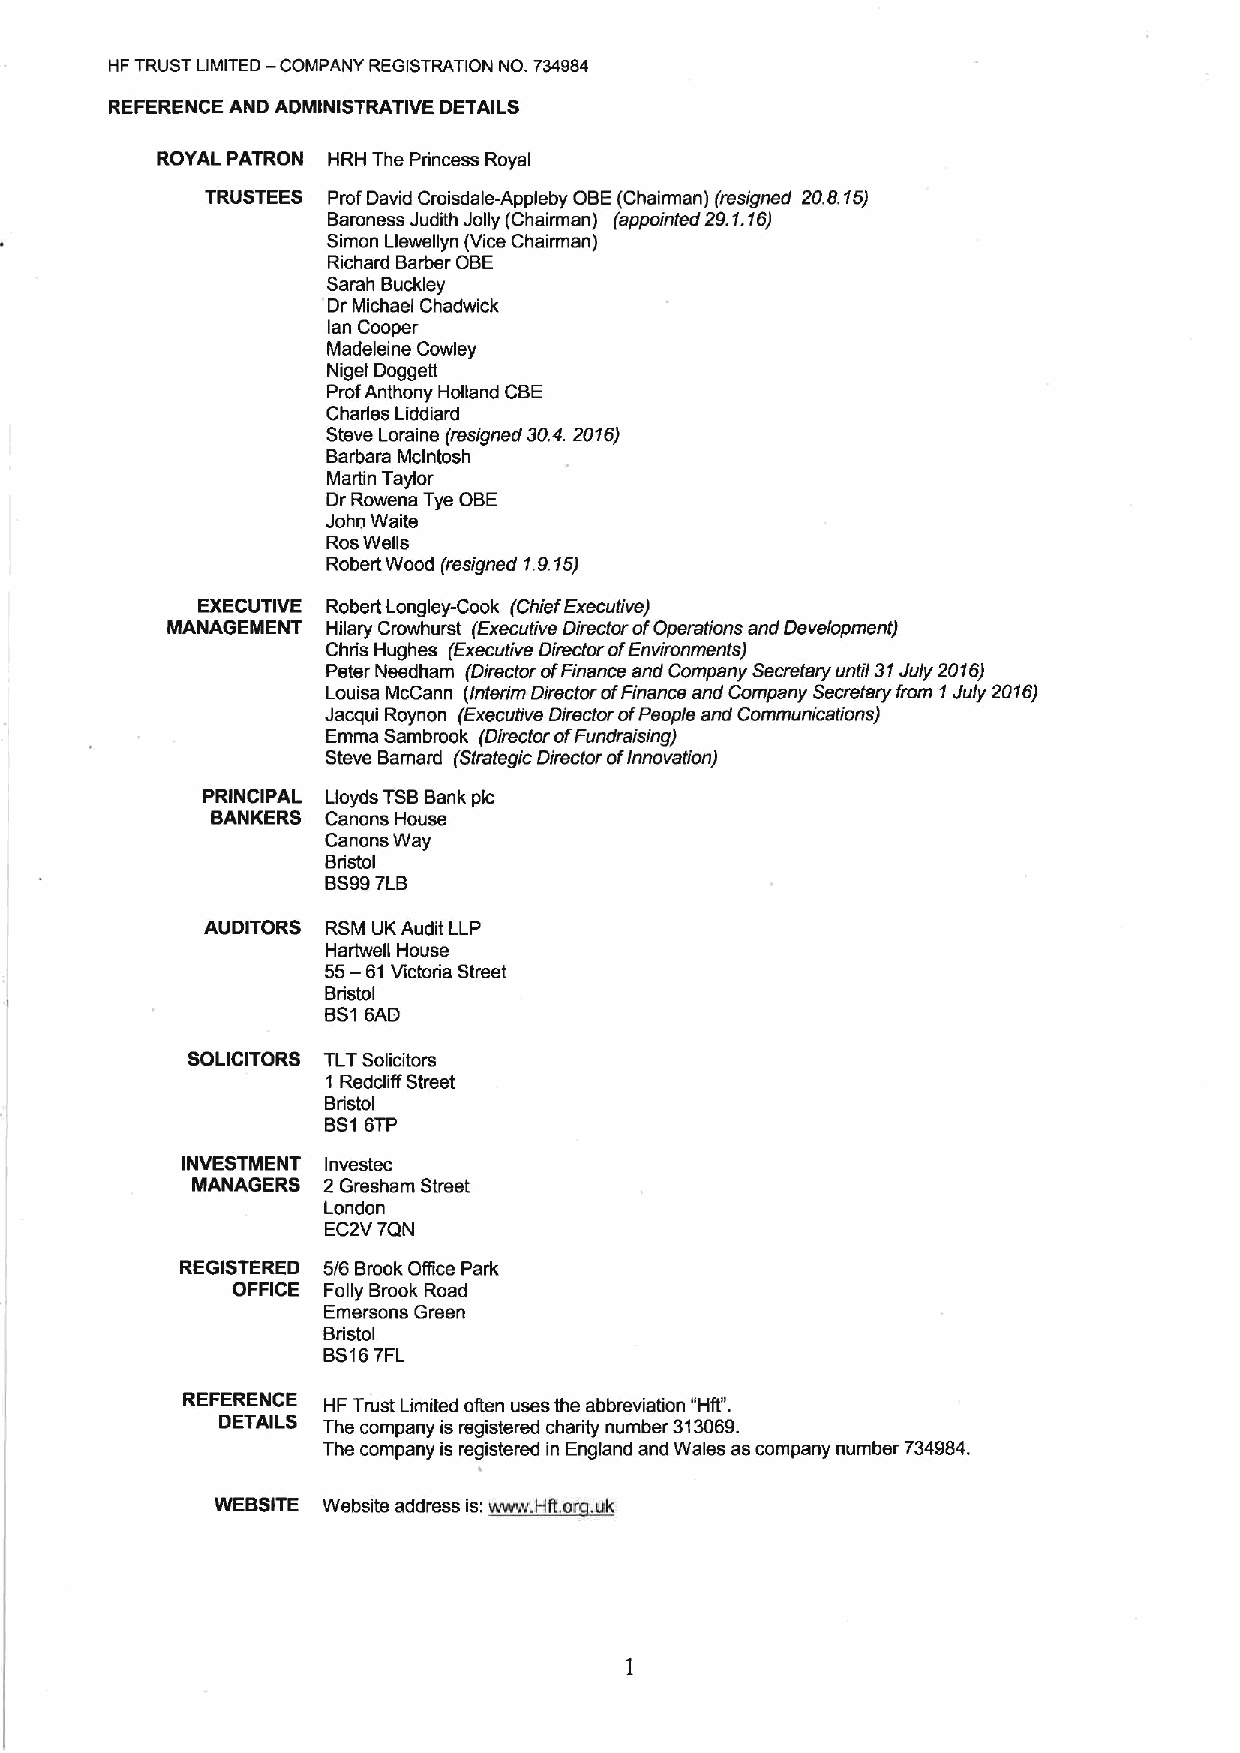
HF TRUST LIMITED -COMPANY REGISTRATION NO. 734984
 REFERENCE AND ADMINISTRATIVE DETAILS
 ROYAL PATRON HRH The Princess Royal
 TRUSTEES Prof David Croisdale-Appleby OBE(Chairman) (resigned 20.8.15)
 Baroness Judith Jolly (Chairman) (eppointed 29.1.16)
 Simon Llewellyn (Vice Chairman)
 Richard Barber OBE
 Sarah Buckley
 Dr Michael Chadwick
 lan Cooper
 Madeleine Cowley
 Nigel Doggett
 ProfAnthony Holland CBE
 Charles Liddiard
 Steve I oraine (resigned 30.4.2016)
 Barbara Mclntosh
 Martin Taylor
 Dr Rowena Tye OBE
 John Waite
 RosWells
 Robert Wood (resigned 1.9.15)
 EXECUTIVE Robert Longley-Cook (Chief Executive)
 MANAGEMENT Hilary Crowhurst (Executive Director ofOperations and Development)
 Chris Hughes (Executive Diraclcr ofEnvironments)
 Peter Needham (Director ofFinance and Company Secretary until 31July 2016)
 Louisa McCann (lnlerlm Director ofFinance and Company Secretary from 1Ju/y 2016)
 Jacqui Roynon (Execull ve Director ofPeople and Communications)
 Emma Sambrook (Director ofFundralsing)
 Steve Bamard (Slraleglc Direclor ofInnovation)
 PRINCIPAL Lloyds TSBBank pic
 BANKERS Canons House
 Canons Way
 Bristol
 BS997LB
 AUDITORS RSM UK Audit LLP
 Her(well House
 55—
 61Victoria Street
 Bristol
 BS16AD
 SOLICITORS TLTSolicitors
 1 Redcliff Street
 Bristol
 Bst 6TP
 INVESTMENT Investec
 MANAGERS 2 Gresham Street
 London
 EC2V7QN
 REGISTERED 5/6 Brook Office Park
 OFFICE Folly Brook Road
 Emersons Green
 Bristol
 BS167FL
 REFERENCE HF Trust Limited often uses the abbreviation dHfl".
 DETAILS The company is registered charity number 313069.
 The company is registered in England and Wales as company number 734984.
 i:~Hft.
 Wkkdldd dk d ii dd       . k